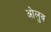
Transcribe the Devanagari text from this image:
ओलुव